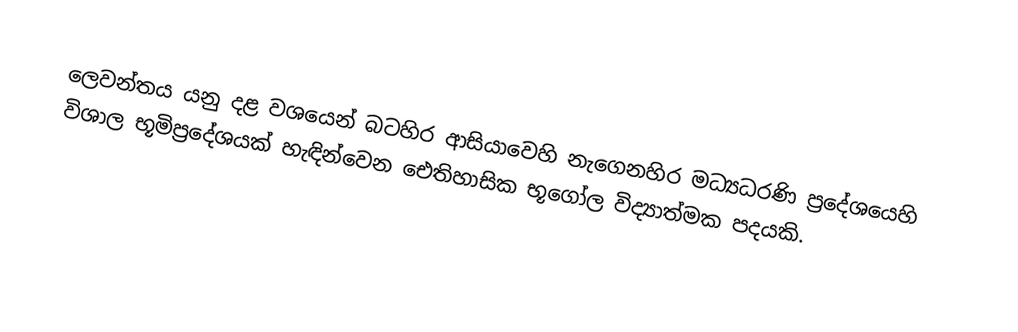
ලෙවන්තය යනු දළ වශයෙන් බටහිර ආසියාවෙහි නැගෙනහිර මධ්‍යධරණි ප්‍රදේශයෙහි විශාල භූමිප්‍රදේශයක් හැඳින්වෙන  ඓතිහාසික භූගෝල විද්‍යාත්මක පදයකි.